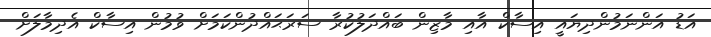
އަޑު އަންނަމުންދިޔައީ އިސާކް އާއި މާޒިން ބައްދަލުކުރާ ސަރަޙައްދުންކަމަށް ވުމުން އިސާކް އެދިމާލަށް